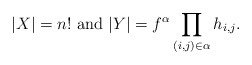
\begin{align*}|X|=n!\mbox{ and } |Y|=f^\alpha\prod_{(i,j)\in \alpha}h_{i,j}.\end{align*}